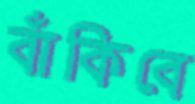
বাঁকিবে